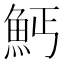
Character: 𲌱